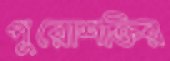
পুরোশক্তির